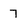
Character: 7